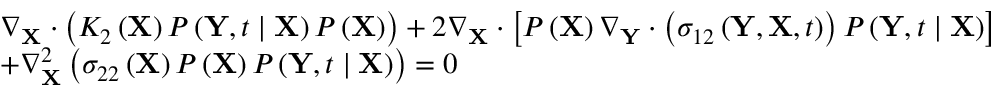
\begin{array} { r l } & { \nabla _ { \mathbf { X } } \cdot \left( K _ { 2 } \left( \mathbf { X } \right) P \left( \mathbf { Y } , t \mid \mathbf { X } \right) P \left( \mathbf { X } \right) \right) + 2 \nabla _ { \mathbf { X } } \cdot \left[ P \left( \mathbf { X } \right) \nabla _ { \mathbf { Y } } \cdot \left( \sigma _ { 1 2 } \left( \mathbf { Y } , \mathbf { X } , t \right) \right) P \left( \mathbf { Y } , t \mid \mathbf { X } \right) \right] } \\ & { + \nabla _ { \mathbf { X } } ^ { 2 } \left( \sigma _ { 2 2 } \left( \mathbf { X } \right) P \left( \mathbf { X } \right) P \left( \mathbf { Y } , t \mid \mathbf { X } \right) \right) = 0 } \end{array}